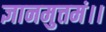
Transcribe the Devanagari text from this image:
ज्ञानमुत्तमं।।